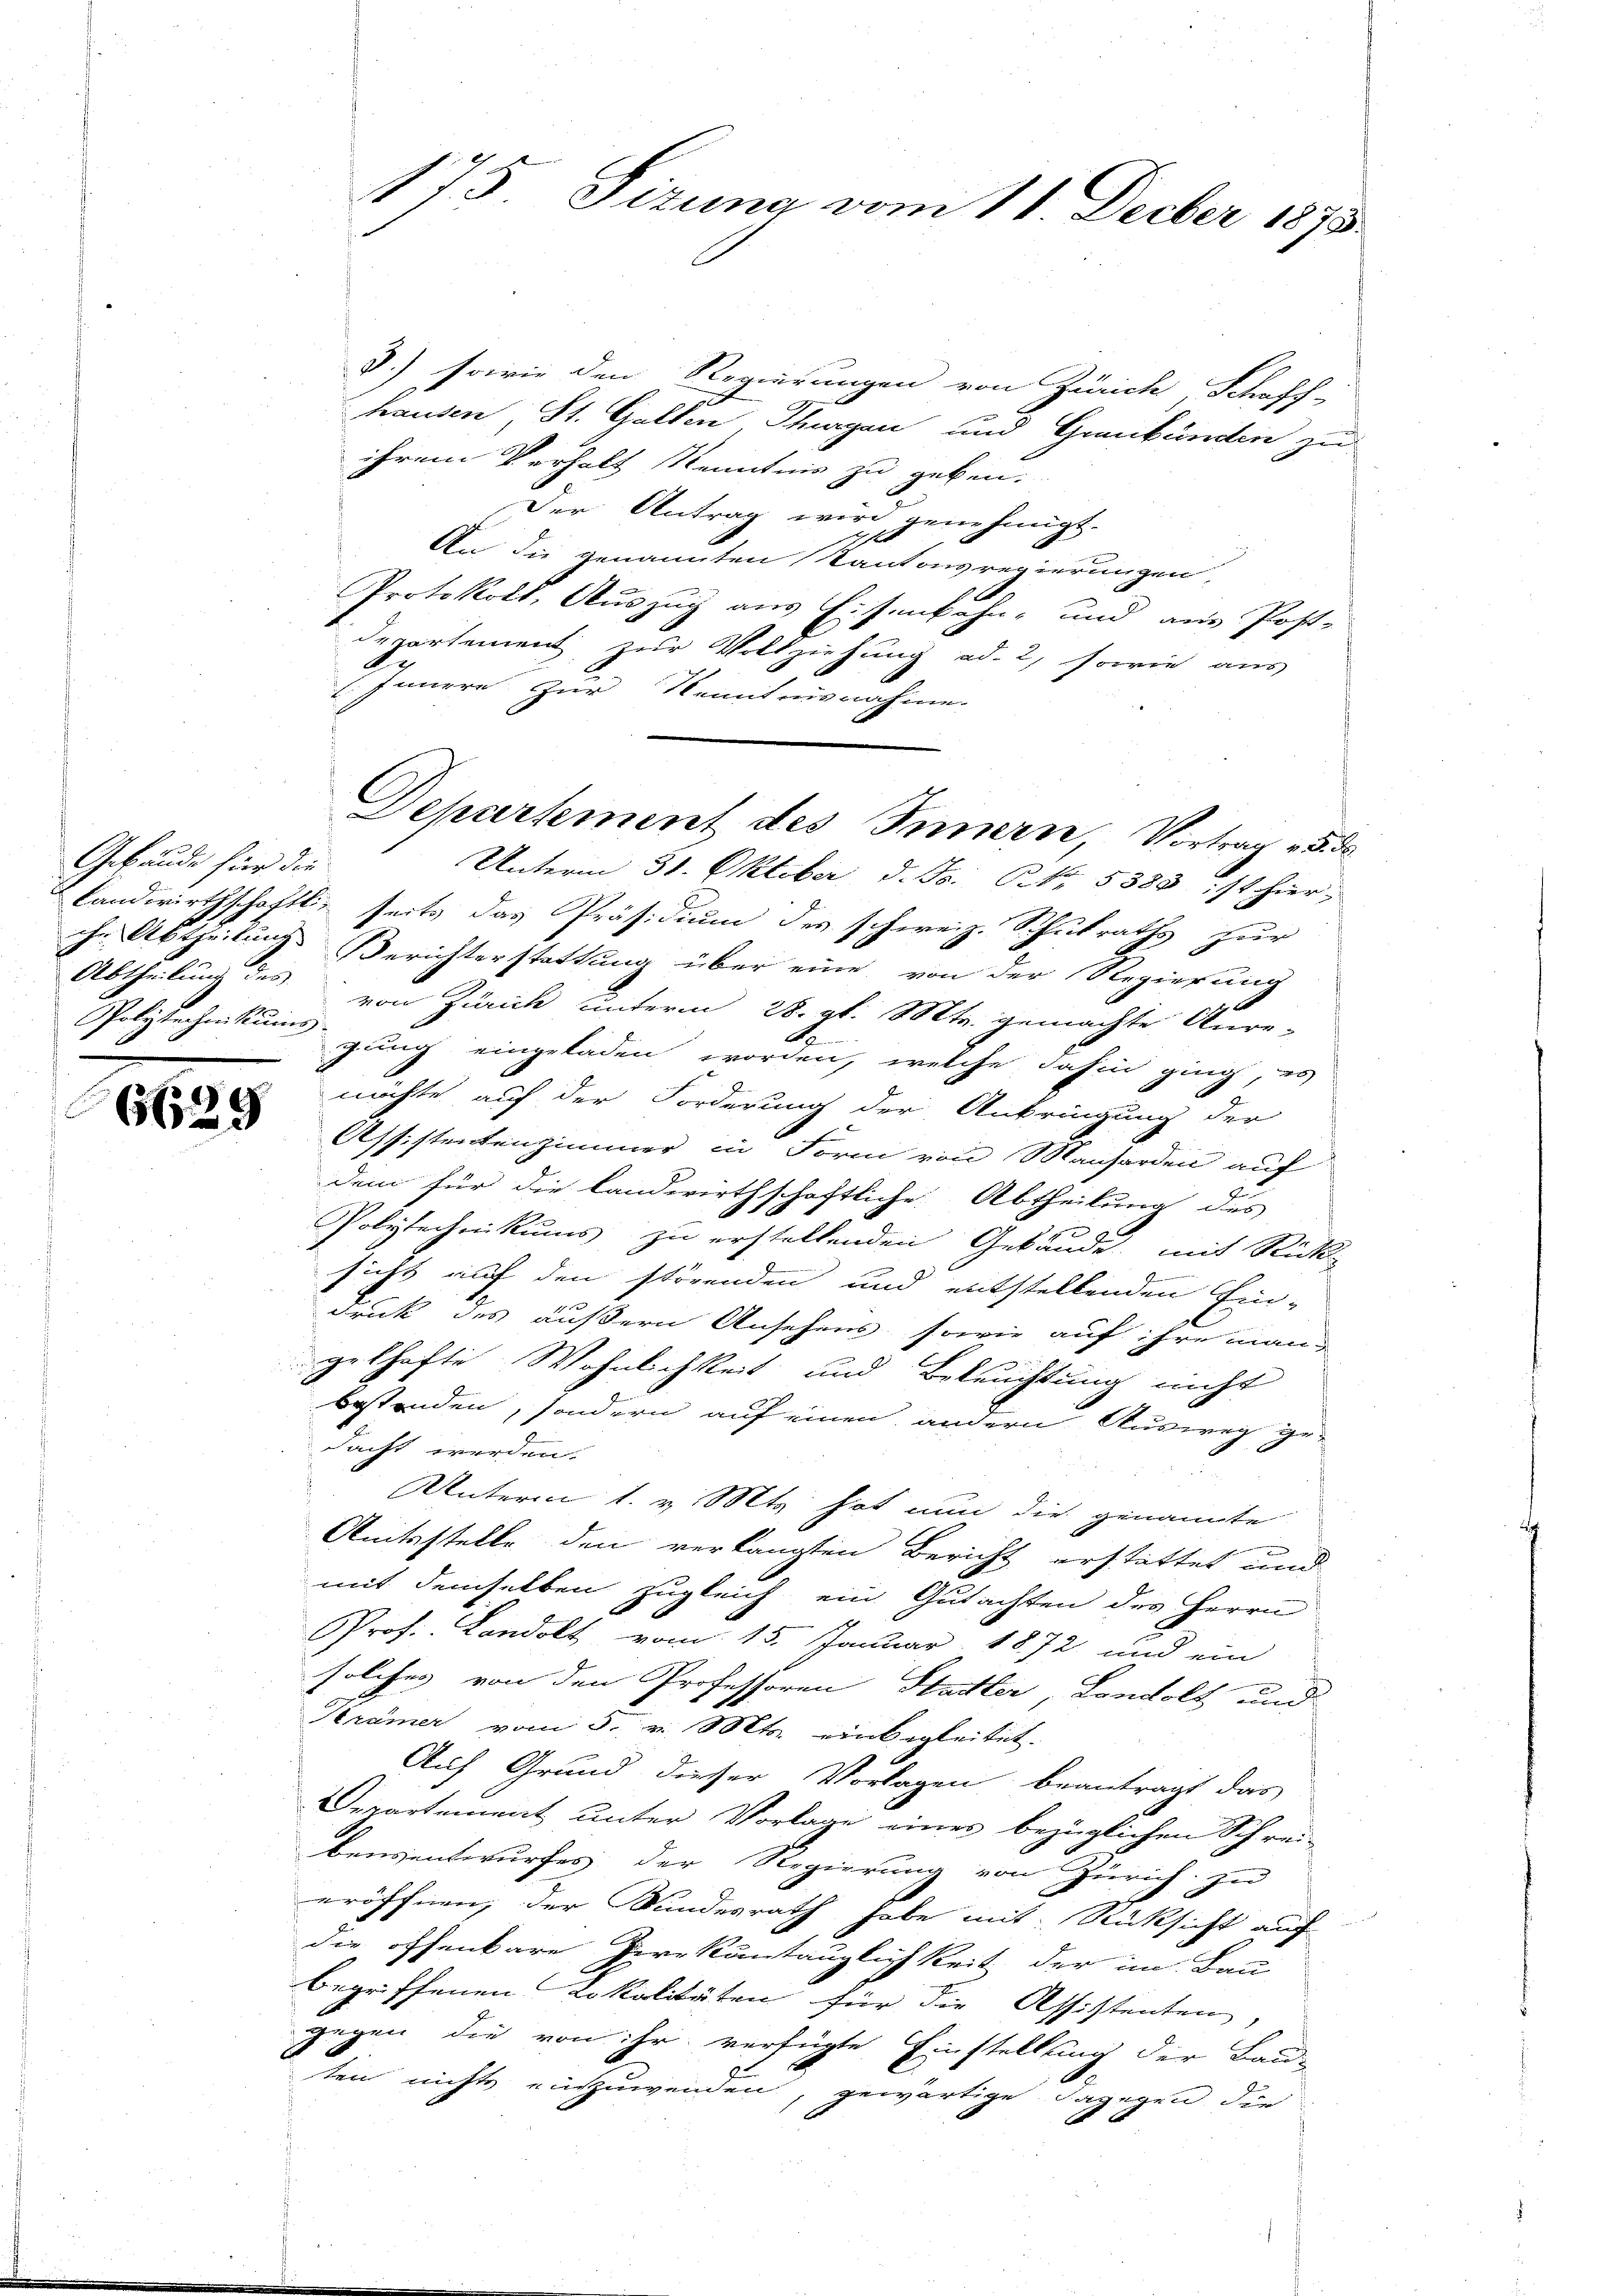
Gebäude für die
Abtheilung des
Polytechnikums-

6629

D.) sowie den Regierungen von Zürich, Schaff-
e
hausen, St. Gallen Thurgan und Graubünden zu
ihrem Verhalt Kenntnis zu geben.
Der Antrag wird genehmigt.
1
An die genannten Kantonsregierungen,
Protokoll, Auszug aus Eisenbahn, und am Post-
departement zur Vollziehung ad. 2, sowie aus
do
 Innern zur Kenntnisnahme.
Unterm 31. Oktober d. F. P. Nr. 5388 ist hier,
Landwirthschaftli, seits das Präsidium des schweiz. Schulraths zur
ihr Abtheilung Berichterstattung über eine von der Regierung
von Zürich unterm 28. gl. Mts. gemachte Anre-
t
gung eingeladen worden, welche dahin ging, es
möchte auf der Forderung der Anbringung der
Assistentenzimmer in Form von Manharden auf
dem für die landwirthschaftliche Abtheilung des
Polytechnikums zu erstellenden Gebäude, mit Rück-
sicht auf den störenden und entstellenden Ein-
druck des äußern Ansehens, sowie auf ihre man-
gelhafte Wohnlichkeit und Beleuchtung nicht
bestenden, sondern auf einen andern Ausweg ge-
dacht werden.
Unterm 1. v. Mts. hat nun die genannte
Amtsstelle den verlangten Bericht erstattet und
mit demselben zugleich ein Gutachten des Herrn
Prof. Landolt, vom 15. Januar 1872 und ein
solches von den Professoren Hatter, Landolt und
Krämer vom 5. v. Mts. einbegleitet.
Auf Grund dieser Vorlagen beantragt das
Departement unter Vorlage einer bezüglichen Schrei-
bensentwurfes der Regierung von Zürich zu
eröffnen, der Kundesrath habe mit Rücksicht auf
die offenbare Herr Kuntauglichkeit der im Bau-
begriffenen Lokalitäten für die Assistenten,
gegen die von ihr verfügte Einstellung der Bau-
ten nichts einzuwenden, gewärtige dagegen die

175 Sizung vom 11. Decber 1875.

Dehartement des Innern, Vortrag 5. de